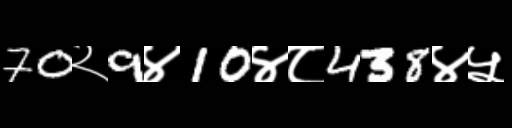
Text: 70२9४10४८438४५